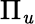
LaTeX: \Pi_{\mathit{u}}